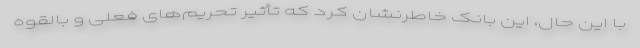
با این حال، این بانک خاطرنشان کرد که تأثیر تحریم‌های فعلی و بالقوه